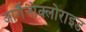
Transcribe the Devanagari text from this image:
आर्गैनोक्लोराइड